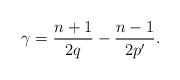
LaTeX: \begin{align*}\gamma = \frac{n+1}{2q} - \frac{n-1}{2p'}.\end{align*}